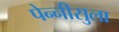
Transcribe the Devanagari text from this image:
पेन्‍नीसुला